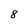
Character: 8